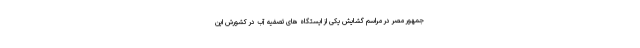
جمهور مصر در مراسم گشایش یکی از ایستگاه های تصفیه آب در کشورش این